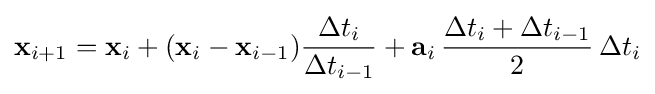
\mathbf {x} _{i+1}=\mathbf {x} _{i}+(\mathbf {x} _{i}-\mathbf {x} _{i-1}){\frac {\Delta t_{i}}{\Delta t_{i-1}}}+\mathbf {a} _{i}\,{\frac {\Delta t_{i}+\Delta t_{i-1}}{2}}\,\Delta t_{i}